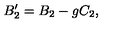
B _ { 2 } ^ { \prime } = B _ { 2 } - g C _ { 2 } ,